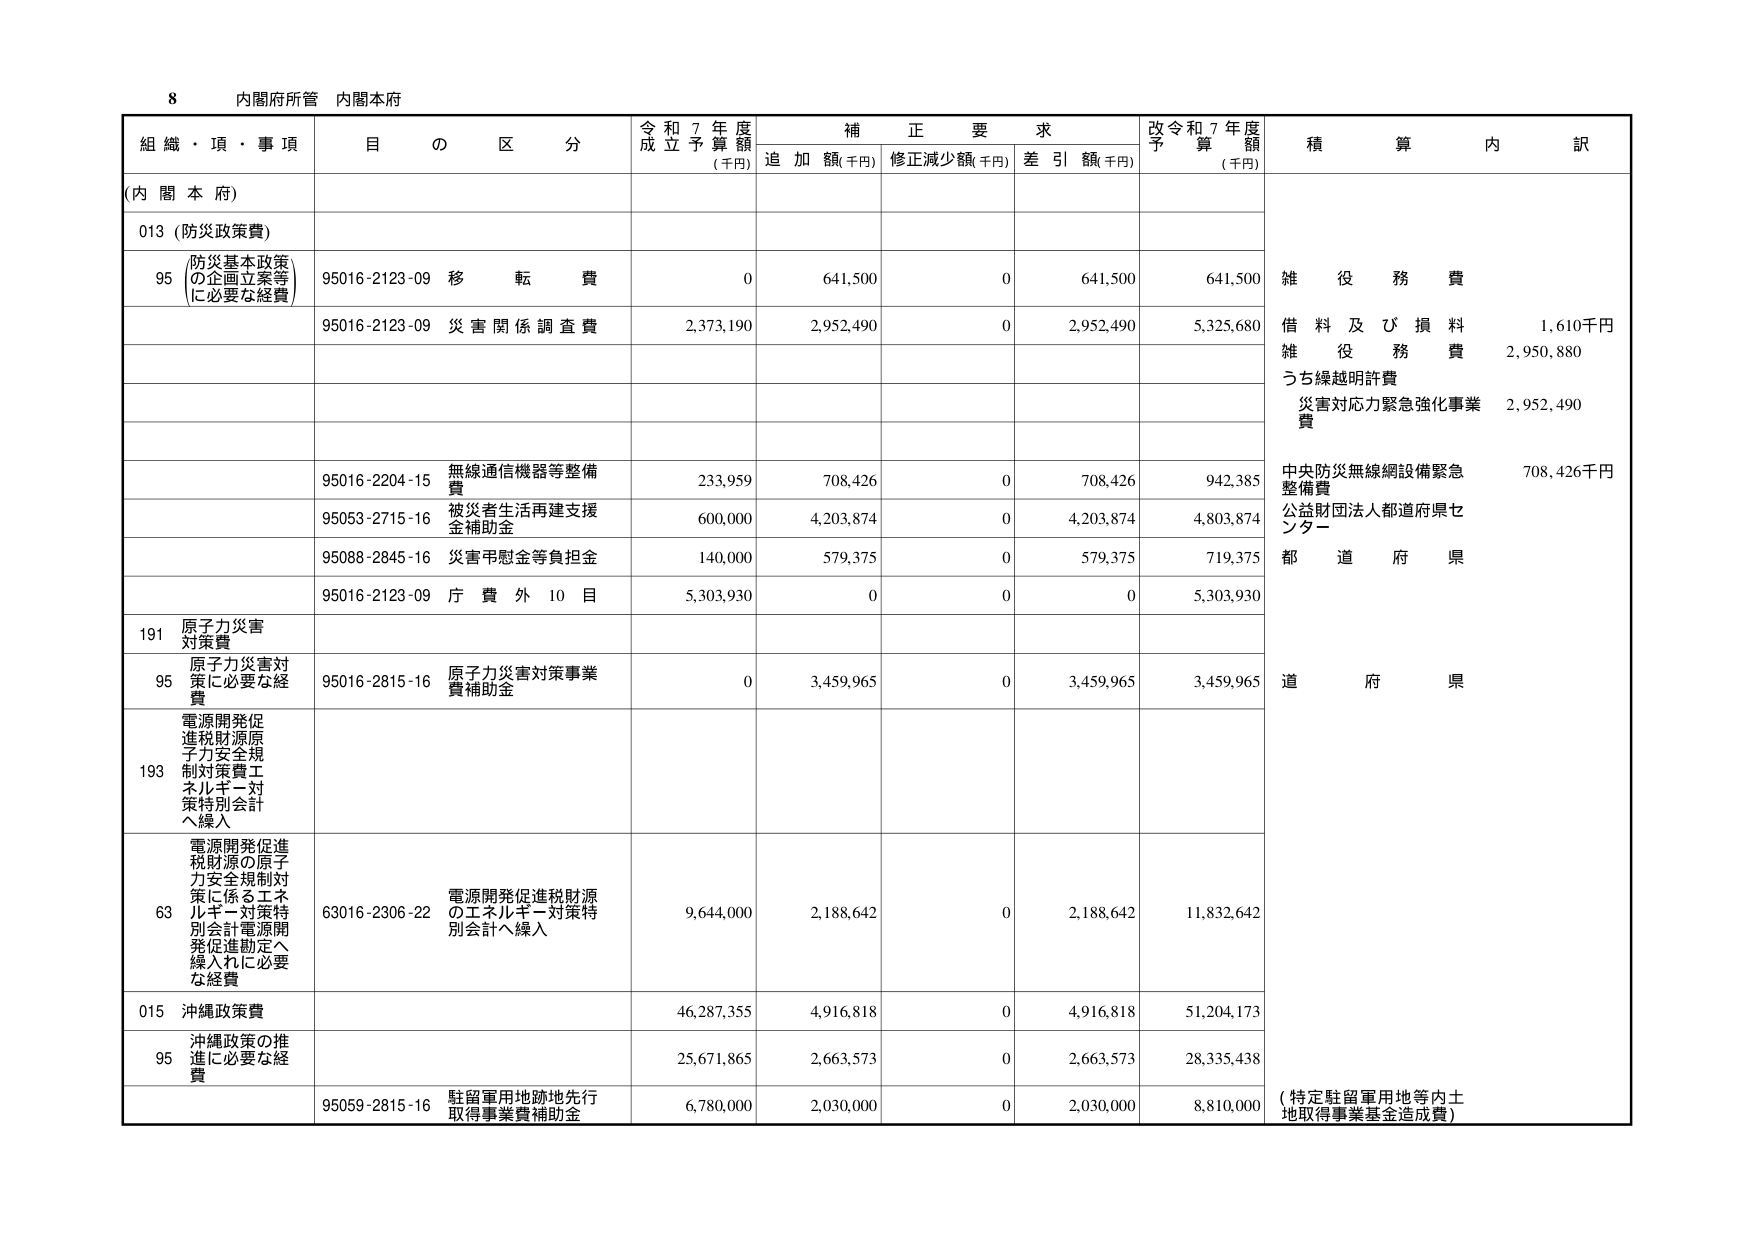
8 内閣府所管 内閣本府

組織・項・事項 目の区分 令和7年度成立予算額(千円) 補正要求 追加額(千円) 修正減少額(千円) 差引額(千円) 改令和7年度予算額(千円) 積算内訳

(内閣本府)

013 (防災政策費)

95 (防災基本政策の企画立案等に必要な経費) 95016-2123-09 移転費 0 641,500 0 641,500 641,500 雑役務費

95016-2123-09 災害関係調査費 2,373,190 2,952,490 0 2,952,490 5,325,680 借料及び損料 1,610千円 雑役務費 2,950,880 うち繰越明許費 災害対応力緊急強化事業費 2,952,490

95016-2204-15 無線通信機器等整備費 233,959 708,426 0 708,426 942,385 中央防災無線網設備緊急整備費 708,426千円

95053-2715-16 被災者生活再建支援金補助金 600,000 4,203,874 0 4,203,874 4,803,874 公益財団法人都道府県センター

95088-2845-16 災害甲慰金等負担金 140,000 579,375 0 579,375 719,375 都道府県

95016-2123-09 庁費外10目 5,303,930 0 0 0 5,303,930

191 原子力災害対策費

95 原子力災害対策に必要な経費 95016-2815-16 原子力災害対策事業費補助金 0 3,459,965 0 3,459,965 3,459,965 道府県

193 電源開発促進税財源原子力安全規制対策費エネルギー対策特別会計へ繰入

63 電源開発促進税財源の原子力安全規制対策に係るエネルギー対策特別会計電源開発促進勘定へ繰入れに必要な経費 63016-2306-22 電源開発促進税財源のエネルギー対策特別会計へ繰入 9,644,000 2,188,642 0 2,188,642 11,832,642

015 沖縄政策費 46,287,355 4,916,818 0 4,916,818 51,204,173

95 沖縄政策の推進に必要な経費 25,671,865 2,663,573 0 2,663,573 28,335,438

95059-2815-16 駐留軍用地跡地先行取得事業費補助金 6,780,000 2,030,000 0 2,030,000 8,810,000 (特定駐留軍用地等内土地取得事業基金造成費)